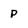
Character: p